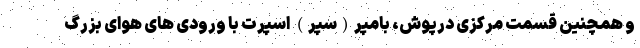
و همچنین قسمت مرکزی درپوش، بامپر(سپر) اسپرت با ورودی های هوای بزرگ